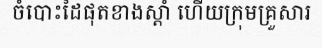
ចំបោះដៃផុតខាងស្តាំ ហើយក្រុមគ្រួសារ